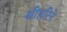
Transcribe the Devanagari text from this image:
श्रीहरिने